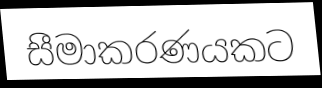
සීමාකරණයකට